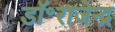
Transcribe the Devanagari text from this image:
डॉ॰राजेन्द्र